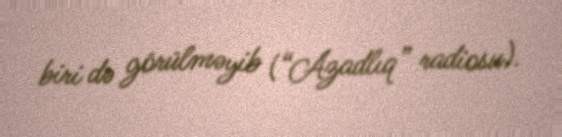
biri də görülməyib (“Azadlıq” radiosu).